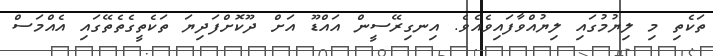
ތަކެތި މި ލިޔުމުގައި ލިޔުއްވާފައިވެއެވެ. އިނގިރޭސީން އައްޑޫ އަށް ދޫކޮށްފަދިޔަ ތަކެތީގެތެތޭގައި އެއްމަސް